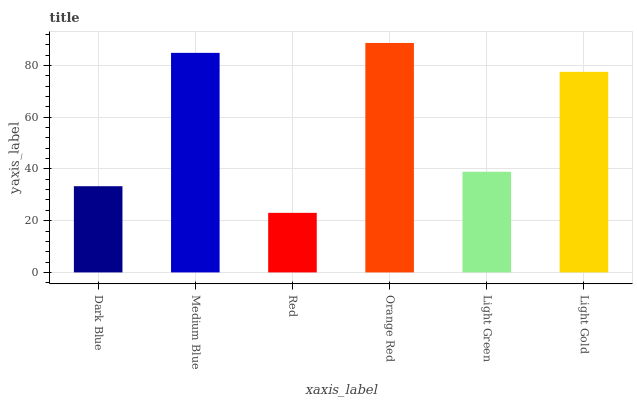
| xaxis_label | bars |
 | --- | --- |
 | Dark Blue | 33.3 |
 | Medium Blue | 84.8 |
 | Red | 23 |
 | Orange Red | 88.7 |
 | Light Green | 38.9 |
 | Light Gold | 77.5 |